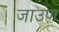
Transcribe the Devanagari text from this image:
जाउण